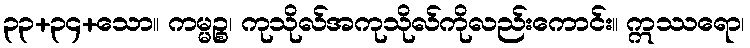
၃၃+၃၄+သော။ ကမ္မဉ္စ၊ ကုသိုလ်အကုသိုလ်ကိုလည်းကောင်း။ ဣဿရော၊